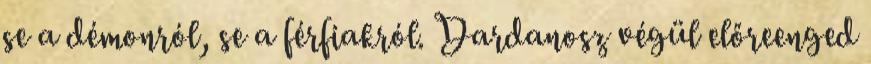
se a démonról, se a férfiakról. Dardanosz végül előreenged